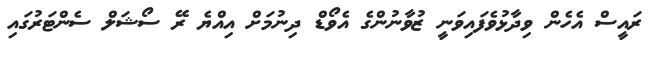
ރައީސް އެހެން ވިދާޅުވެފައިވަނީ ޒުވާނުންގެ އެވޯޑް ދިނުމަށް އިއްޔެ ރޭ ސޯޝަލް ސެންޓަރުގައި